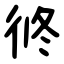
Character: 㣠